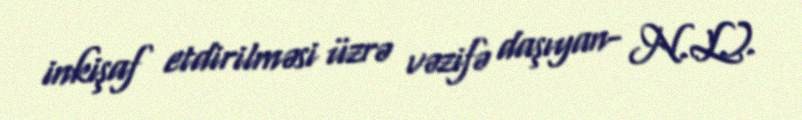
inkişaf etdirilməsi üzrə vəzifə daşıyan- N.L.).